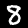
Label: 8